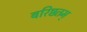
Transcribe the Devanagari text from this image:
बरिष्ठतम्